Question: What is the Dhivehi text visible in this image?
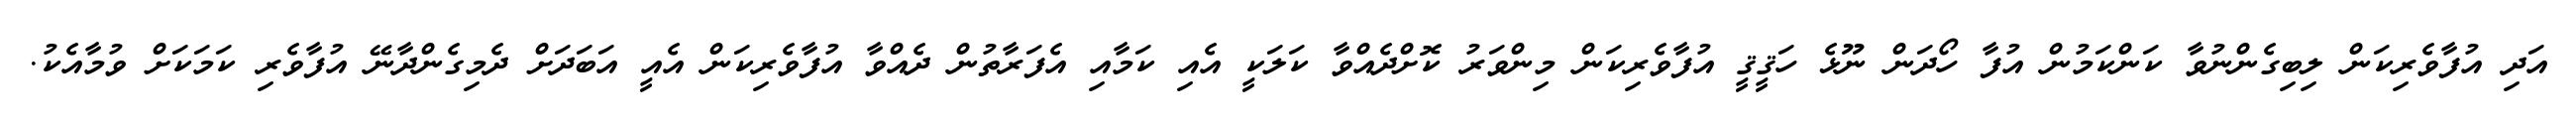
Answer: އަދި އުފާވެރިކަން ލިބިގެންނުވާ ކަންކަމުން އުފާ ހޯދަން ނޫޅެ ހަޤީޤީ އުފާވެރިކަން މިންވަރު ކޮށްދެއްވާ ކަލަކީ އެއި ކަމާއި އެފަރާތުން ދެއްވާ އުފާވެރިކަން އެއީ އަބަދަށް ދެމިގެންދާނޭ އުފާވެރި ކަމަކަށް ވުމާއެކު.